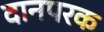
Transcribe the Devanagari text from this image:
दानपरक